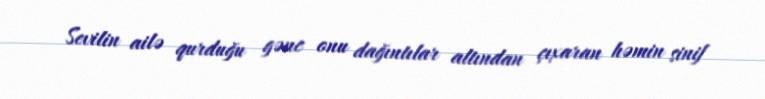
Sevilin ailə qurduğu gənc onu dağıntılar altından çıxaran həmin sinif